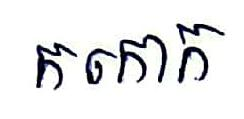
កកោក